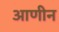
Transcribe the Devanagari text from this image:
आणीन